Civil Veterinary Department ledger series I-VI
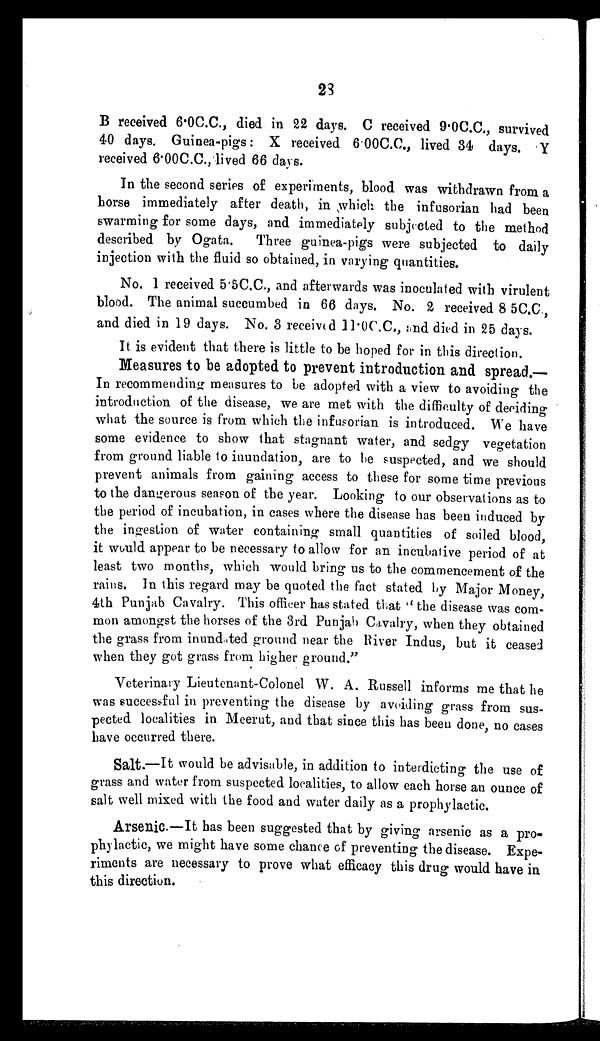
28
B received 6.0C.C., died in 22 days. C received 9.0C.C., survived
40 days. Guinea-pigs: X received 6.00C.C., lived 34 days
Y
received 6.00C.C., lived 66 days.
In the second series of experiments, blood was withdrawn from a
horse immediately after death, in which the infusorian had been
swarming for some days, and immediately subjected to the method
described by Ogata.
Three guinea-pigs were subjected to daily
injection with the fluid so obtained, in varying quantities.
No. 1 received 5.5C.C., and afterwards was inoculated with virulent
blood. The animal succumbed in 66 days. No. 2 received 8 5C.C.,
and died in 19 days. No. 3 received 11.0C.C., and died in 25 days.
It is evident that there is little to be hoped for in this direction.
Measures to be adopted to prevent introduction and spread.—
In recommending measures to be adopted with a view to avoiding the
introduction of the disease, we are met with the difficulty of deciding
what the source is from which the infusorian is introduced. We have
some evidence to show that stagnant water, and sedgy vegetation
from ground liable to inundation, are to he suspected, and we should
prevent animals from gaining access to these for some time previous
to the dangerous season of the year. Looking to our observations as to
the period of incubation, in cases where the disease has been induced by
the ingestion of water containing small quantities of soiled blood
it would appear to be necessary to allow for an incubative period of at
least two months, which would bring us to the commencement of the
rains. In this regard may be quoted the fact stated by Major Money,
4th Punjab Cavalry. This officer has stated that "the disease was com-
mon amongst the horses of the 3rd Punjab Cavalry, when they obtained
the grass from inundated ground near the River Indus, but it ceased
when they got grass from higher ground."
Veterinary Lieutenant-Colonel W. A. Russell informs me that he
was successful in preventing the disease by avoiding grass from sus-
pected localities in Meerut, and that since this has been done, no cases
have occurred there.
Salt.—It would be advisable, in addition to interdicting the use of
grass and water from suspected localities, to allow each horse an ounce of
salt well mixed with the food and water daily as a prophylactic.
Arsenic.—It has been suggested that by giving arsenic as a pro-
phylactic, we might have some chance of preventing the disease. Expe-
riments are necessary to prove what efficacy this drug would have in
this direction.